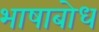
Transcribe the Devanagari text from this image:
भाषाबोध